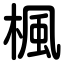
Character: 楓